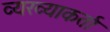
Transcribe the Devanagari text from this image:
व्यख्याकर्ता